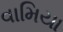
વામિયા